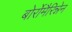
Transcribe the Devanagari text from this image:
बोर्रोमैरिन्नेन